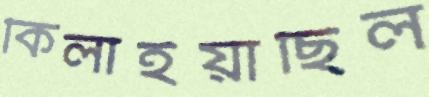
কিলাইয়াছিল